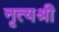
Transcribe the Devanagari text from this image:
नृत्यश्री